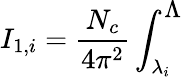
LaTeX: I_{1,i}=\frac{N_{c}}{4\pi^{2}}\int_{\lambda_{i}}^{{\large\Lambda}}